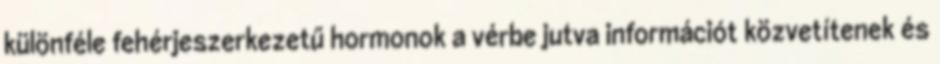
különféle fehérjeszerkezetű hormonok a vérbe jutva információt közvetítenek és